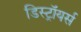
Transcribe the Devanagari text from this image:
डिस्ट्रॉयर्स